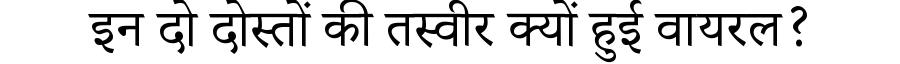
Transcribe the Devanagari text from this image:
इन दो दोस्तों की तस्वीर क्यों हुई वायरल?